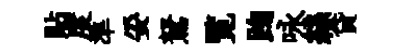
貼度準妥駑覧踘咏絲貸